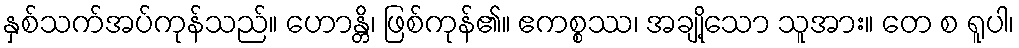
နှစ်သက်အပ်ကုန်သည်။ ဟောန္တိ၊ ဖြစ်ကုန်၏။ ဧကစ္စဿ၊ အချို့သော သူအား။ တေ စ ရူပါ၊